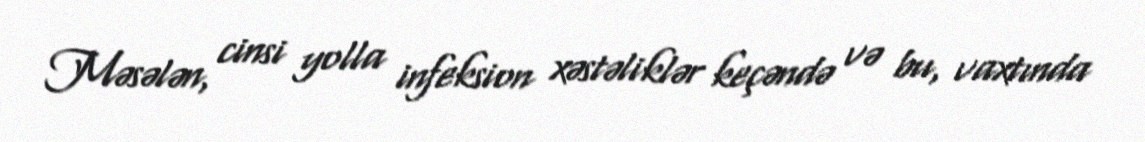
Məsələn, cinsi yolla infeksion xəstəliklər keçəndə və bu, vaxtında